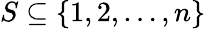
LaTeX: S\subseteq\{ 1,2,\ldots,n\}